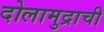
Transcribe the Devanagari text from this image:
दोलामुद्राची